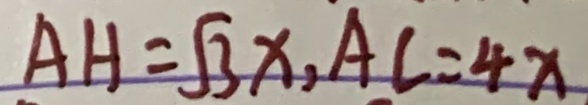
A H = \sqrt { 3 } x , A C = 4 x